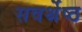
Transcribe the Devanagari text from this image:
सवर्श्रेष्ठ